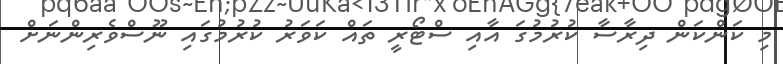
މި ކަންކަން ދިރާސާ ކުރުމުގަ އާއި ސްޓޯރީ ތައް ކަވަރު ކުރުމުގައި ނޫސްވެރިންނަށް